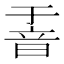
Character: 𮧶